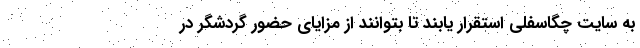
به سایت چگاسفلی استقرار یابند تا بتوانند از مزایای حضور گردشگر در